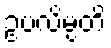
ဥပလိမ္ပတိ